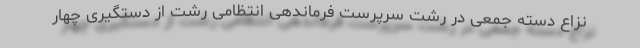
نزاع دسته جمعی در رشت سرپرست فرماندهی انتظامی رشت از دستگیری چهار